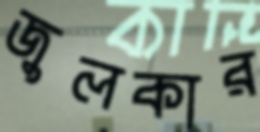
জুলকার